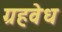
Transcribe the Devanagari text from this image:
ग्रहवेध